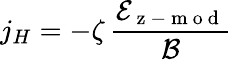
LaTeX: j_{H}=-\zeta\, \frac{\mathcal{E}_{\mathrm{~z~-~m~o~d~}}}{\mathcal{B}}